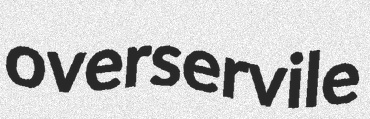
overservile